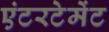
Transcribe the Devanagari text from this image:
एंटरटेमेंट